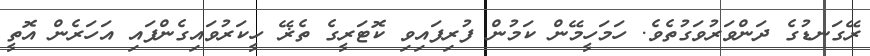
ރޭގަނޑުގެ ދަންވަރުވަގުތެވެ. ހަމަހީމޭން ކަމުން ފުރިފައިވި ކޮޓަރީގެ ތެޜޭ ހީކަރުވައިގެންފައި އަހަރެން އޮތީ